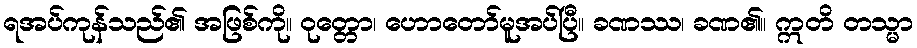
ရအပ်ကုန်သည်၏ အဖြစ်ကို။ ဝုတ္တော၊ ဟောတော်မူအပ်ပြီ။ ခဏဿ၊ ခဏ၏။ ဣတိ တသ္မာ